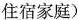
住宿家庭)